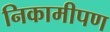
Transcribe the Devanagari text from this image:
निकामीपण